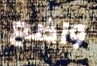
واضع